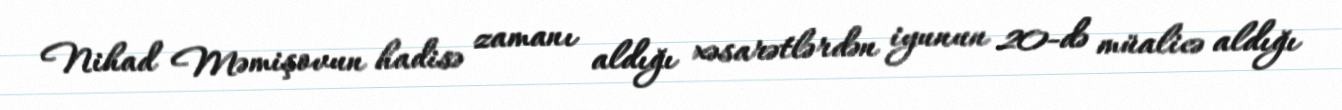
Nihad Məmişovun hadisə zamanı aldığı xəsarətlərdən iyunun 20-də müalicə aldığı